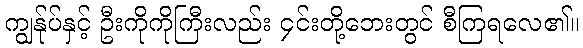
ကျွန်ုပ်နှင့် ဦးကိုကိုကြီးလည်း ၄င်းတို့ဘေးတွင် စီကြရလေ၏။